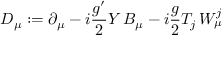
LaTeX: D _ { \mu } : = \partial _ { \mu } - i { \frac { g ^ { \prime } } { 2 } } Y \, B _ { \mu } - i { \frac { g } { 2 } } T _ { j } \, W _ { \mu } ^ { j }